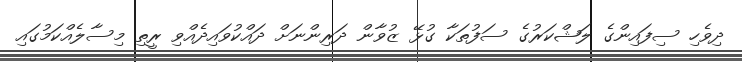
ދިވެހި ސިފައިންގެ ލަޝްކަރުގެ ސަފުތަކާ ގުޅޭ ޒުވާން ދަރިންނަށް ދައްކުވައިދެއްވި ރީތި މިސާލެއްކަމުގައި